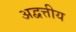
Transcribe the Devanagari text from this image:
अद्वत्तीय